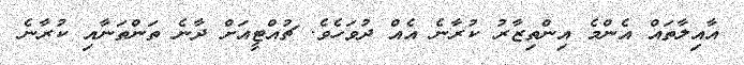
އާއިލާތައް އެންމެ އިންތިޒާރު ކުރާނެ އެއް ދުވަހެވެ. ޗުއްޓީއަށް ދާނެ ތަންތަނާއި ކުރާނެ